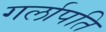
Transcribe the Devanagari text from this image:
गर्लापति